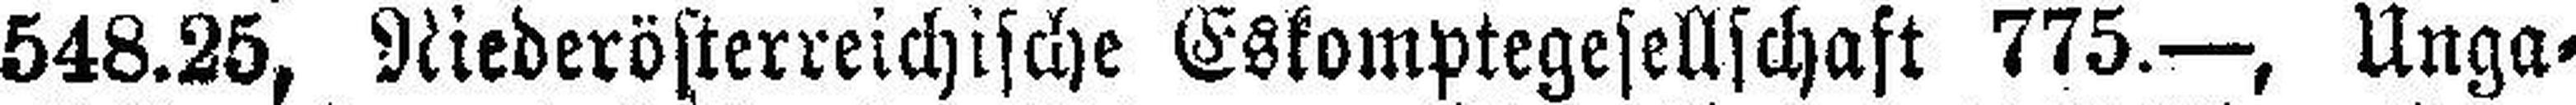
548.25, Niederösterreichische Eskomptegesellschaft 775.—, Unga¬